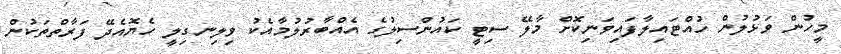
މީހުން ވަޅުލުން ހުއްޓައިލާފައިވަނިކޮށް މާލޭ ސިޓީ ކައުންސިލުގެ އެއްބާރުލުމާއެކު ވިލިނގިލީ ހެޔޮއެދޭ ފަރާތްތަކުން